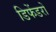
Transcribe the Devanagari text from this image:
डिफेंडरों